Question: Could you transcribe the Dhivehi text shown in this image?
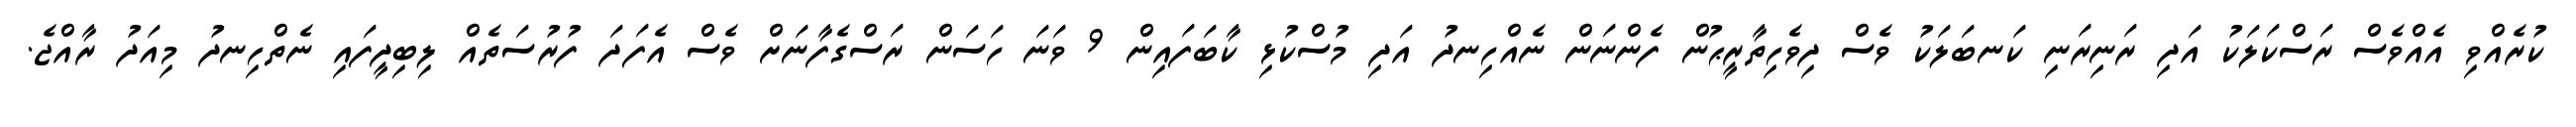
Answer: ކުރެއްވި އެއްވެސް ރަސްކަލަކު އަދި ރަނިރަނި ކަނބަލަކު ވެސް ދިވެހިތާރީޙުން ފެންނަން ނެއްހިނދު އަދި މުސްކުޅި ކާބަފައިން 9 ވަނަ ހަސަން ރަސްގެފާނަށް ވެސް އެފަދަ ފުރުސަތެއް ލިބިދީފައި ނެތްހިނދު މިއަދު ރާއްޖެ.